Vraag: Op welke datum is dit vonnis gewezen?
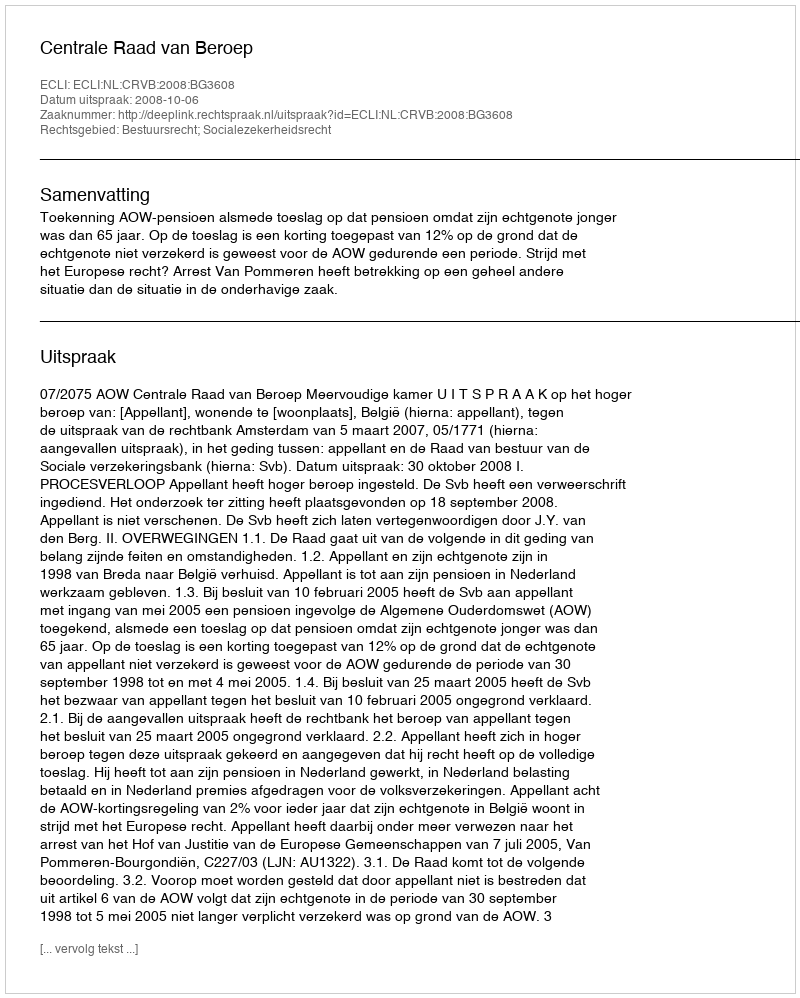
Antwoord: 2008-10-06